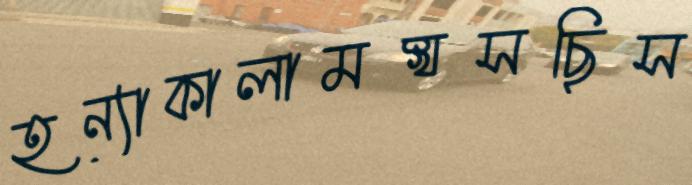
হন্যাকালামস্খসছিস